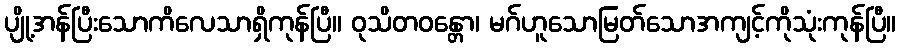
ပျို့အန်ပြီးသောကိလေသာရှိကုန်ပြီ။ ဝုသိတဝန္တော၊ မဂ်ဟူသောမြတ်သောအကျင့်ကိုသုံးကုန်ပြီ။